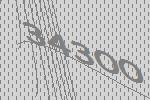
34300